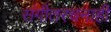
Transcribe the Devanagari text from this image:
संगीतरचनाही